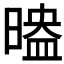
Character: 𣉗